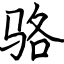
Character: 骆